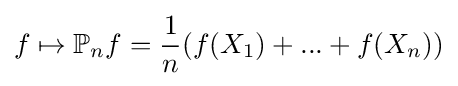
f\mapsto \mathbb {P} _{n}f={\frac {1}{n}}(f(X_{1})+...+f(X_{n}))